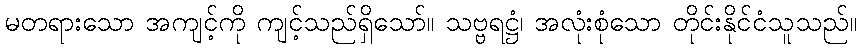
မတရားသော အကျင့်ကို ကျင့်သည်ရှိသော်။ သဗ္ဗရဋ္ဌံ၊ အလုံးစုံသော တိုင်းနိုင်ငံသူသည်။